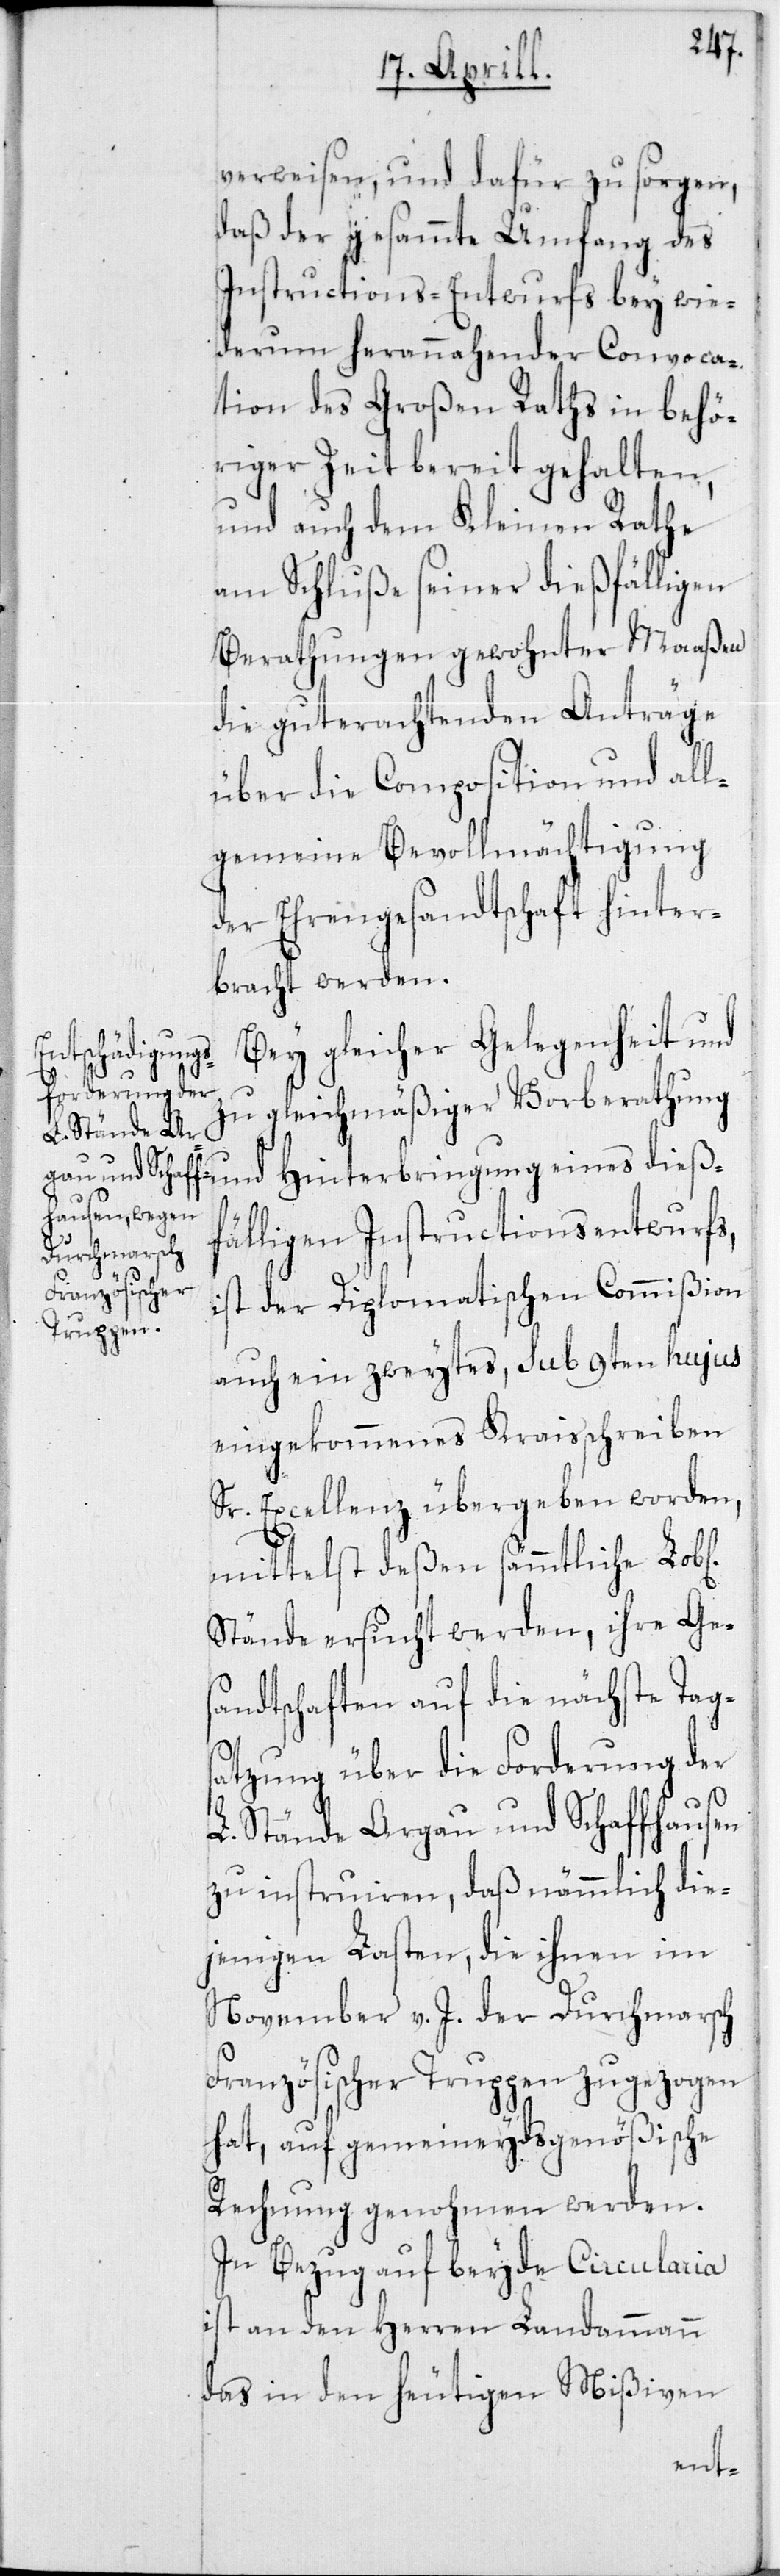
verweisen, und dafür zu sorgen,
daß der gesammte Umfang des
Instructions-Entwurfs bey wie¬
derum herannahender Convoca¬
tion des Großen Raths in behö¬
riger Zeit bereit gehalten,
und auch dem Kleinen Rathe
am Schluße seiner dießfälligen
Berathungen gewohnter Maaßen
die guterachtenden Anträge
über die Composition und all¬
gemeine Bevollmächtigung
der Ehrengesandtschaft hinter¬
bracht werden.
Bey gleicher Gelegenheit und
ichen]
zu gleichmäßiger Vorberathung
fälligen Instructionsentwurfs,
ist der Diplomatischen Commißion
auch ein zweytes, sub 9ten hujus
eingekommenes Kraisschreiben
Sr. Excellenz übergeben worden,
mittelst deßen sämmtliche Lob[l¬
Stände ersucht werden, ihre Ge¬
sandtschaften auf die nächste Tags¬
atzung über die Forderung der
L. Stände Argau und Schaffhausen
zu instruiren, daß nämmlich die¬
jenigen Lasten, die ihnen im
November v. J. der Durchmarsch
Französischer Truppen zugezogen
hat, auf gemeineydsgenößische
Rechnung genohmen werden.
In Bezug auf beyde Circularia
ist an den Herren Landammann
das in den heutigen Mißiven